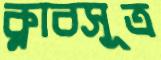
ক্লাবসূত্র